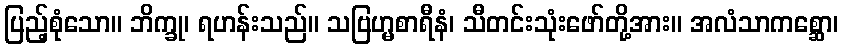
ပြည့်စုံသော။ ဘိက္ခု၊ ရဟန်းသည်။ သဗြဟ္မစာရီနံ၊ သီတင်းသုံးဖော်တို့အား။ အလံသာကစ္ဆော၊